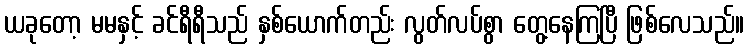
ယခုတော့ မမနှင့် ခင်ရီရီသည် နှစ်ယောက်တည်း လွတ်လပ်စွာ တွေ့နေကြပြီ ဖြစ်လေသည်။